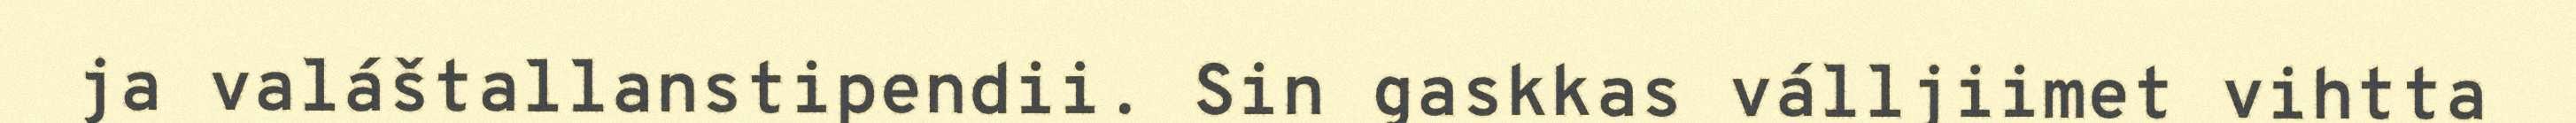
ja valáštallanstipendii. Sin gaskkas válljiimet vihtta